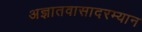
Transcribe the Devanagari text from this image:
अज्ञातवासादरम्यान